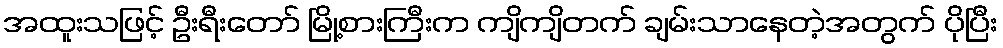
အထူးသဖြင့် ဦးရီးတော် မြို့စားကြီးက ကျိကျိတက် ချမ်းသာနေတဲ့အတွက် ပိုပြီး